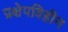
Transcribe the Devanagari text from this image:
प्रक्षेपविहीन